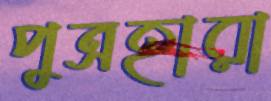
পুত্রহারা